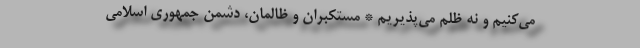
می‌کنیم و نه ظلم می‌پذیریم * مستکبران و ظالمان، دشمن جمهوری اسلامی